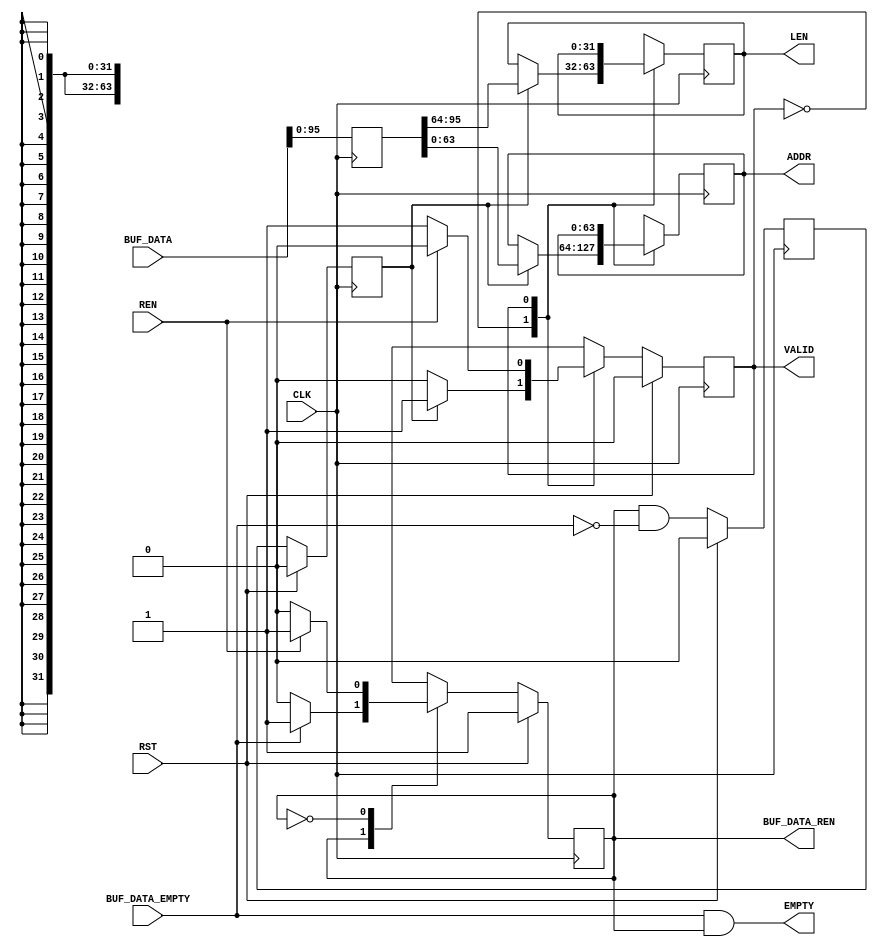
`timescale 1ns/1ns
//----------------------------------------------------------------------------
// This software is Copyright  2012 The Regents of the University of 
// California. All Rights Reserved.
//
// Permission to copy, modify, and distribute this software and its 
// documentation for educational, research and non-profit purposes, without 
// fee, and without a written agreement is hereby granted, provided that the 
// above copyright notice, this paragraph and the following three paragraphs 
// appear in all copies.
//
// Permission to make commercial use of this software may be obtained by 
// contacting:
// Technology Transfer Office
// 9500 Gilman Drive, Mail Code 0910
// University of California
// La Jolla, CA 92093-0910
// (858) 534-5815
// invent@ucsd.edu
// 
// This software program and documentation are copyrighted by The Regents of 
// the University of California. The software program and documentation are 
// supplied "as is", without any accompanying services from The Regents. The 
// Regents does not warrant that the operation of the program will be 
// uninterrupted or error-free. The end-user understands that the program was 
// developed for research purposes and is advised not to rely exclusively on 
// the program for any reason.
// 
// IN NO EVENT SHALL THE UNIVERSITY OF CALIFORNIA BE LIABLE TO
// ANY PARTY FOR DIRECT, INDIRECT, SPECIAL, INCIDENTAL, OR
// CONSEQUENTIAL DAMAGES, INCLUDING LOST PROFITS, ARISING
// OUT OF THE USE OF THIS SOFTWARE AND ITS DOCUMENTATION,
// EVEN IF THE UNIVERSITY OF CALIFORNIA HAS BEEN ADVISED OF
// THE POSSIBILITY OF SUCH DAMAGE. THE UNIVERSITY OF
// CALIFORNIA SPECIFICALLY DISCLAIMS ANY WARRANTIES,
// INCLUDING, BUT NOT LIMITED TO, THE IMPLIED WARRANTIES OF
// MERCHANTABILITY AND FITNESS FOR A PARTICULAR PURPOSE.
// THE SOFTWARE PROVIDED HEREUNDER IS ON AN "AS IS" BASIS, 
// AND THE UNIVERSITY OF CALIFORNIA HAS NO OBLIGATIONS TO
// PROVIDE MAINTENANCE, SUPPORT, UPDATES, ENHANCEMENTS, OR
// MODIFICATIONS.
//----------------------------------------------------------------------------
//----------------------------------------------------------------------------
// Version:				1.00.a
// Verilog Standard:	Verilog-2001
// Description:			Reads data from the scatter gather list buffer.
// History:				@mattj: Version 2.0
//-----------------------------------------------------------------------------
`define S_SGR128_RD_0		1'b1
`define S_SGR128_RD_WAIT	1'b0

`define S_SGR128_CAP_0		1'b0
`define S_SGR128_CAP_RDY	1'b1

module sg_list_reader_128 #(
	parameter C_DATA_WIDTH = 9'd128
)
(
	input CLK,
	input RST,

	input [C_DATA_WIDTH-1:0] BUF_DATA,	// Scatter gather buffer data 
	input BUF_DATA_EMPTY,				// Scatter gather buffer data empty
	output BUF_DATA_REN,				// Scatter gather buffer data read enable

	output VALID,						// Scatter gather element data is valid
	output EMPTY,						// Scatter gather elements empty
	input REN,							// Scatter gather element data read enable
	output [63:0] ADDR,					// Scatter gather element address
	output [31:0] LEN					// Scatter gather element length (in words)
);

(* syn_encoding = "user" *)
(* fsm_encoding = "user" *)
reg							rRdState=`S_SGR128_RD_0, _rRdState=`S_SGR128_RD_0;

(* syn_encoding = "user" *)
(* fsm_encoding = "user" *)
reg							rCapState=`S_SGR128_CAP_0, _rCapState=`S_SGR128_CAP_0;
reg		[C_DATA_WIDTH-1:0]	rData={C_DATA_WIDTH{1'd0}}, _rData={C_DATA_WIDTH{1'd0}};
reg		[63:0]				rAddr=64'd0, _rAddr=64'd0;
reg		[31:0]				rLen=0, _rLen=0;
reg							rFifoValid=0, _rFifoValid=0;
reg							rDataValid=0, _rDataValid=0;


assign BUF_DATA_REN = rRdState; // Not S_SGR128_RD_WAIT
assign VALID = rCapState; // S_SGR128_CAP_RDY
assign EMPTY = (BUF_DATA_EMPTY & rRdState); // Not S_SGR128_RD_WAIT
assign ADDR = rAddr;
assign LEN = rLen;


// Capture address and length as it comes out of the FIFO
always @ (posedge CLK) begin
	rRdState <= #1 (RST ? `S_SGR128_RD_0 : _rRdState);
	rCapState <= #1 (RST ? `S_SGR128_CAP_0 : _rCapState);
	rData <= #1 _rData;
	rFifoValid <= #1 (RST ? 1'd0 : _rFifoValid);
	rDataValid <= #1 (RST ? 1'd0 : _rDataValid);
	rAddr <= #1 _rAddr;
	rLen <= #1 _rLen;
end

always @ (*) begin
	_rRdState = rRdState;
	_rCapState = rCapState;
	_rAddr = rAddr;
	_rLen = rLen;
	_rData = BUF_DATA;
	_rFifoValid = (BUF_DATA_REN & !BUF_DATA_EMPTY);
	_rDataValid = rFifoValid;

	case (rCapState)
	
	`S_SGR128_CAP_0: begin
		if (rDataValid) begin
			_rAddr = rData[63:0];
			_rLen = rData[95:64];
			_rCapState = `S_SGR128_CAP_RDY;
		end
	end

	`S_SGR128_CAP_RDY: begin
		if (REN)
			_rCapState = `S_SGR128_CAP_0;
	end
	
	endcase

	case (rRdState)

	`S_SGR128_RD_0: begin // Read from the sg data FIFO
		if (!BUF_DATA_EMPTY)
			_rRdState = `S_SGR128_RD_WAIT;
	end

	`S_SGR128_RD_WAIT: begin // Wait for the data to be consumed
		if (REN)
			_rRdState = `S_SGR128_RD_0;
	end
	
	endcase
end

endmodule